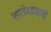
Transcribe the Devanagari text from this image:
सरोदप्रमाणे